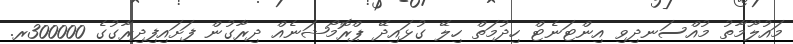
މައުލޫމާތު މުއްސަނދިވި އިންޓަނެޓް ހިދުމަތް ހިލޭ ގުޅައިދޭ ޕްރޮމޯޝަނެއް ދިރާގުން ފަށައިފިދިރާގުގެ 300000ރ.